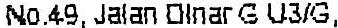
NO.49, JALAN DINAR G U3/G,